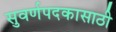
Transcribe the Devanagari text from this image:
सुवर्णपदकासाठी